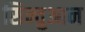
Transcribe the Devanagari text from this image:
सिन्चुआन